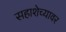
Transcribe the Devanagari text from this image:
सहाशेच्यावर